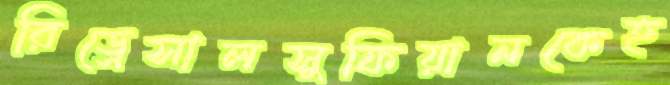
রিড্রেসালসুফিয়ানকেহ